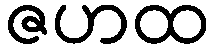
ဇဟထ